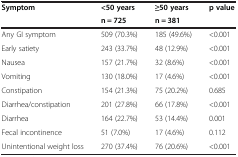
| <ROWSPAN=2> Symptom | <50 years | ≥50 years | <ROWSPAN=2> p value |
 | n = 725 | n = 381 |
 | --- | --- | --- | --- |
 | Any GI symptom | 509 (70.3%) | 185 (49.6%) | <0.001 |
 | Early satiety | 243 (33.7%) | 48 (12.9%) | <0.001 |
 | Nausea | 157 (21.7%) | 32 (8.6%) | <0.001 |
 | Vomiting | 130 (18.0%) | 17 (4.6%) | <0.001 |
 | Constipation | 154 (21.3%) | 75 (20.2%) | 0.685 |
 | Diarrhea/constipation | 201 (27.8%) | 66 (17.8%) | <0.001 |
 | Diarrhea | 164 (22.7%) | 53 (14.4%) | 0.001 |
 | Fecal incontinence | 51 (7.0%) | 17 (4.6%) | 0.112 |
 | Unintentional weight loss | 270 (37.4%) | 76 (20.6%) | <0.001 |